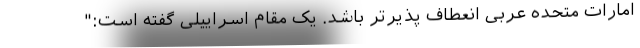
امارات متحده عربی انعطاف پذیرتر باشد. یک مقام اسراییلی گفته است:"